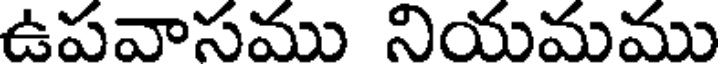
ఉపవాసము నియమము